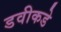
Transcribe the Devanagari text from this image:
डवीकडे